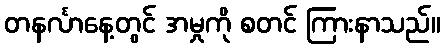
တနင်္လာနေ့တွင် အမှုကို စတင် ကြားနာသည်။